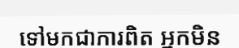
ទៅមកជាការពិត អ្នកមិន